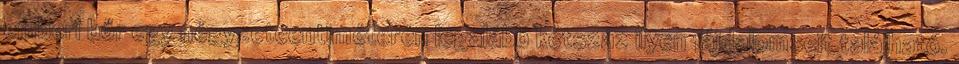
emberi bőr egy négyzetcentiméterén legalább kétszáz ilyen fájdalomsejt található.